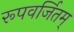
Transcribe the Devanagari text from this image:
रूपवर्जितम्